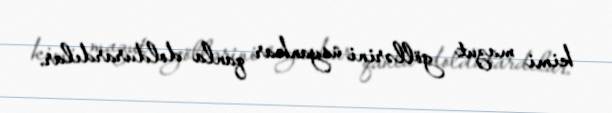
kimi mazut göllərini üsyankar qanla doldurardılar.